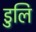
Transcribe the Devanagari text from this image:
डुलि